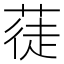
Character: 蓗